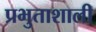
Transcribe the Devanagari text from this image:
प्रभुताशाली